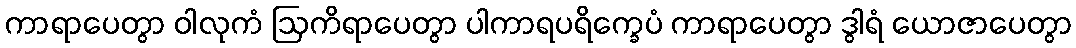
ကာရာပေတွာ ဝါလုကံ ဩကိရာပေတွာ ပါကာရပရိက္ခေပံ ကာရာပေတွာ ဒွါရံ ယောဇာပေတွာ